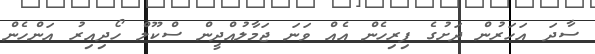
ސާދަ އަހަރުން ދަށުގެ ފިރިހެން އެއް ވަނަ ޖަމާލުއްދީން ސްކޫލް ހޯދިއިރު އަންހެން